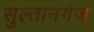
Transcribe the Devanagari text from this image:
सुल्‍तानगंज